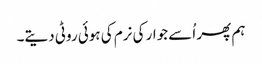
ہم پھر اُسے جوار کی نرم کی ہوئی روٹی دیتے۔